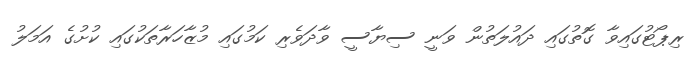
ރިޕޯޓުގައިވާ ގޮތުގައި ދައުލަތުން ވަނީ ސިޔާސީ ވާދަވެރި ކަމުގައި މުޒާހަރާތަކުގައި ކުށުގެ އަމަލު